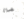
صلاة